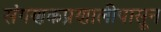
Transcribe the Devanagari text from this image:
संगणकप्रणालीपासून